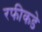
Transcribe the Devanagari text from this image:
रफीकडे